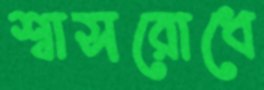
শ্বাসরোধে